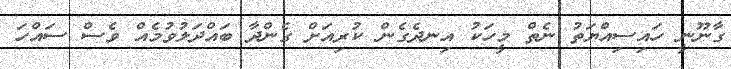
ގާނޫނީ ހައިސިއްޔަތު ނެތް މީހަކު އިނދެގެން ކުރިއަށް ގެންދާ ބައްދަލުވުމެއް ވެސް ސައްހަ